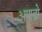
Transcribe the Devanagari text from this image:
अणदो